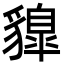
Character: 䝥